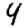
Digit: 4